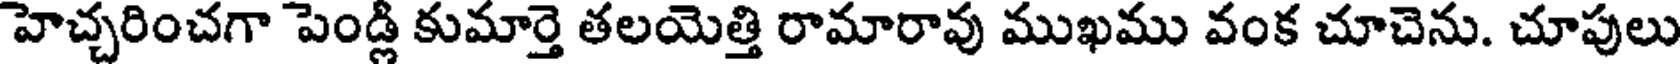
హెచ్చరించగా పెండ్లి కుమార్తె తలయెత్తి రామారావు ముఖము వంక చూచెను. చూపులు